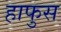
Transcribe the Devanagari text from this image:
हाफुस